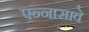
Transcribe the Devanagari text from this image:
पन्नासावे